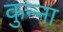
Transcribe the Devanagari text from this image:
कुन्ना